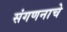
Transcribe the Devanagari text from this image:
संगणनाचे